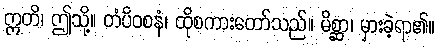
ဣတိ၊ ဤသို့။ တံပိဝစနံ၊ ထိုစကားတော်သည်။ မိစ္ဆာ၊ မှားခဲ့ရာ၏။